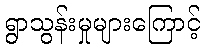
ရွာသွန်းမှုများကြောင့်